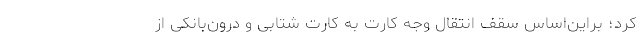
کرد؛ براین‌اساس سقف انتقال وجه کارت به کارت شتابی و درون‌بانکی از